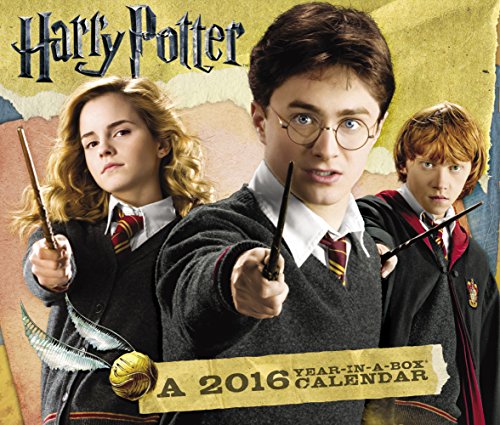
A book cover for Harry Potter Year-In-A-Box Calendar (2016); Year-In-A-Box; Calendars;